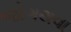
જોગથવા